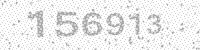
Solution: 156913